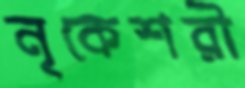
নৃকেশরী